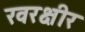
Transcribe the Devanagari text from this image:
रवरक्षीर